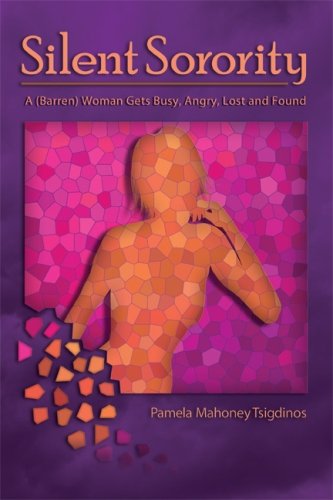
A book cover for Silent Sorority: A Barren Woman Gets Busy, Angry, Lost and Found; Pamela Mahoney Tsigdinos; Health, Fitness & Dieting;